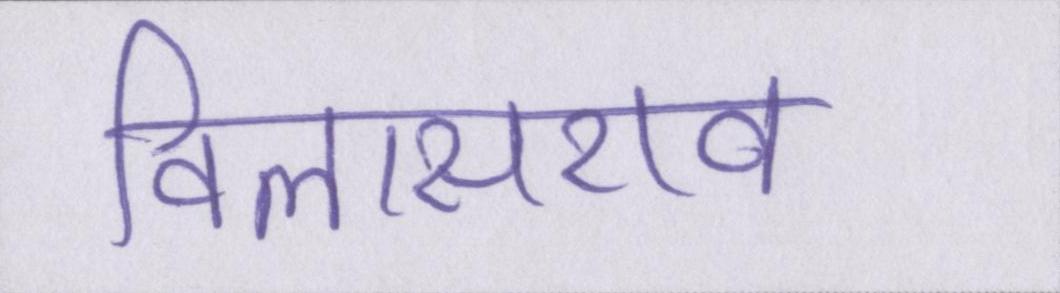
विलासराव